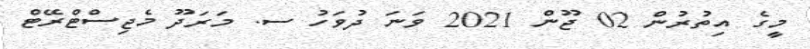
މީގެ އިތުރުން 02 ޖޫން 2021 ވަނަ ދުވަހު ސ. މަރަދޫ މެޖިސްޓްރޭޓް